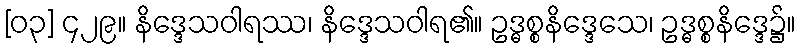
[၀၃] ၄၂၉။ နိဒ္ဒေသဝါရဿ၊ နိဒ္ဒေသဝါရ၏။ ဥဒ္ဓစ္စနိဒ္ဒေသေ၊ ဥဒ္ဓစ္စနိဒ္ဒေ၌။